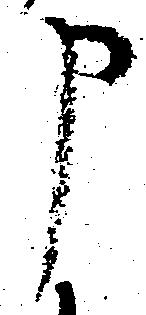
申